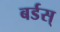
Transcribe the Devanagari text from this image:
बर्डस्